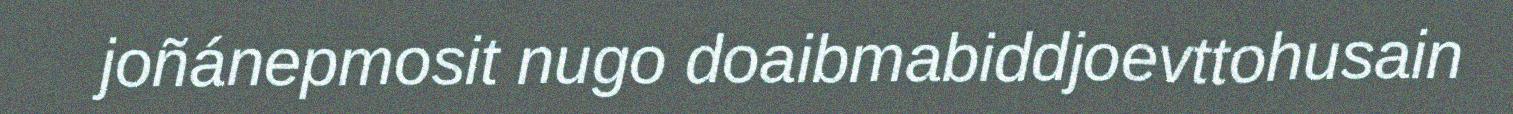
joñánepmosit nugo doaibmabiddjoevttohusain